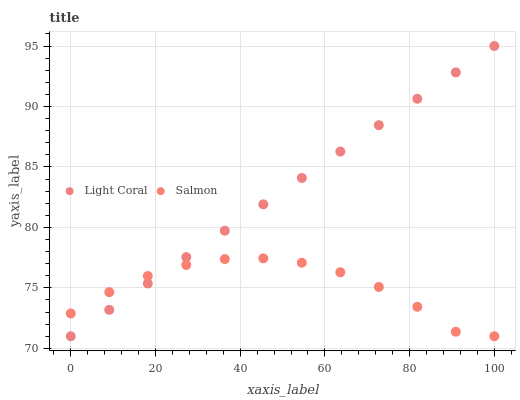
| xaxis_label | Light Coral | Salmon |
 | --- | --- | --- |
 | 0 | 71 | 72.9 |
 | 9.09 | 73.2 | 74.6 |
 | 18.2 | 75.4 | 76 |
 | 27.3 | 77.5 | 76.9 |
 | 36.4 | 79.7 | 77.4 |
 | 45.5 | 81.9 | 77.4 |
 | 54.5 | 84.1 | 77.1 |
 | 63.6 | 86.3 | 76.3 |
 | 72.7 | 88.5 | 75.1 |
 | 81.8 | 90.6 | 73.4 |
 | 90.9 | 92.8 | 71.4 |
 | 100 | 95 | 71 |